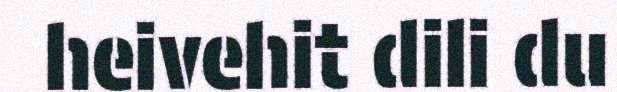
heivehit dili du